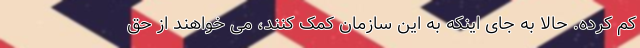
کم کرده. حالا به جای اینکه به این سازمان کمک کنند، می خواهند از حق